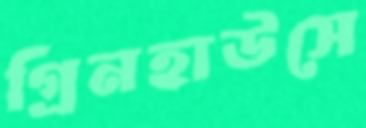
গ্রিনহাউসে